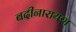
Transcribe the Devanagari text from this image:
बदीनारायण